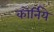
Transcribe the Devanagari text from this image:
कोर्निये